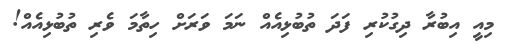
މިއީ އިބުރާ ދިގުކުރި ފަދަ ތުބުޅިއެއް ނަމަ ވަރަށް ހިތާމަ ވެރި ތުބުޅިއެއް!